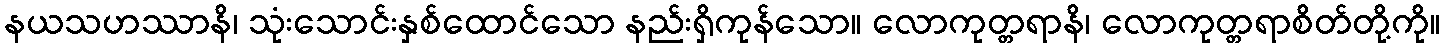
နယသဟဿာနိ၊ သုံးသောင်းနှစ်ထောင်သော နည်းရှိကုန်သော။ လောကုတ္တရာနိ၊ လောကုတ္တရာစိတ်တို့ကို။